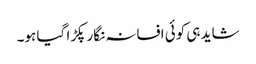
شاید ہی کوئی افسانہ نگار پکڑا گیا ہو۔